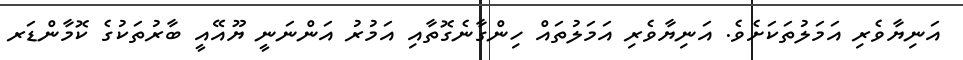
އަނިޔާވެރި އަމަލުތަކަށެވެ. އަނިޔާވެރި އަމަލުތައް ހިންގާނެގޮތާއި އަމުރު އަންނަނީ ޔޫއޭއީ ބާރުތަކުގެ ކޮމާންޑަރ